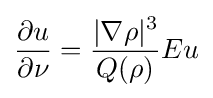
{\frac {\partial u}{\partial \nu }}={\frac {\vert \nabla \rho \vert ^{3}}{Q(\rho )}}Eu